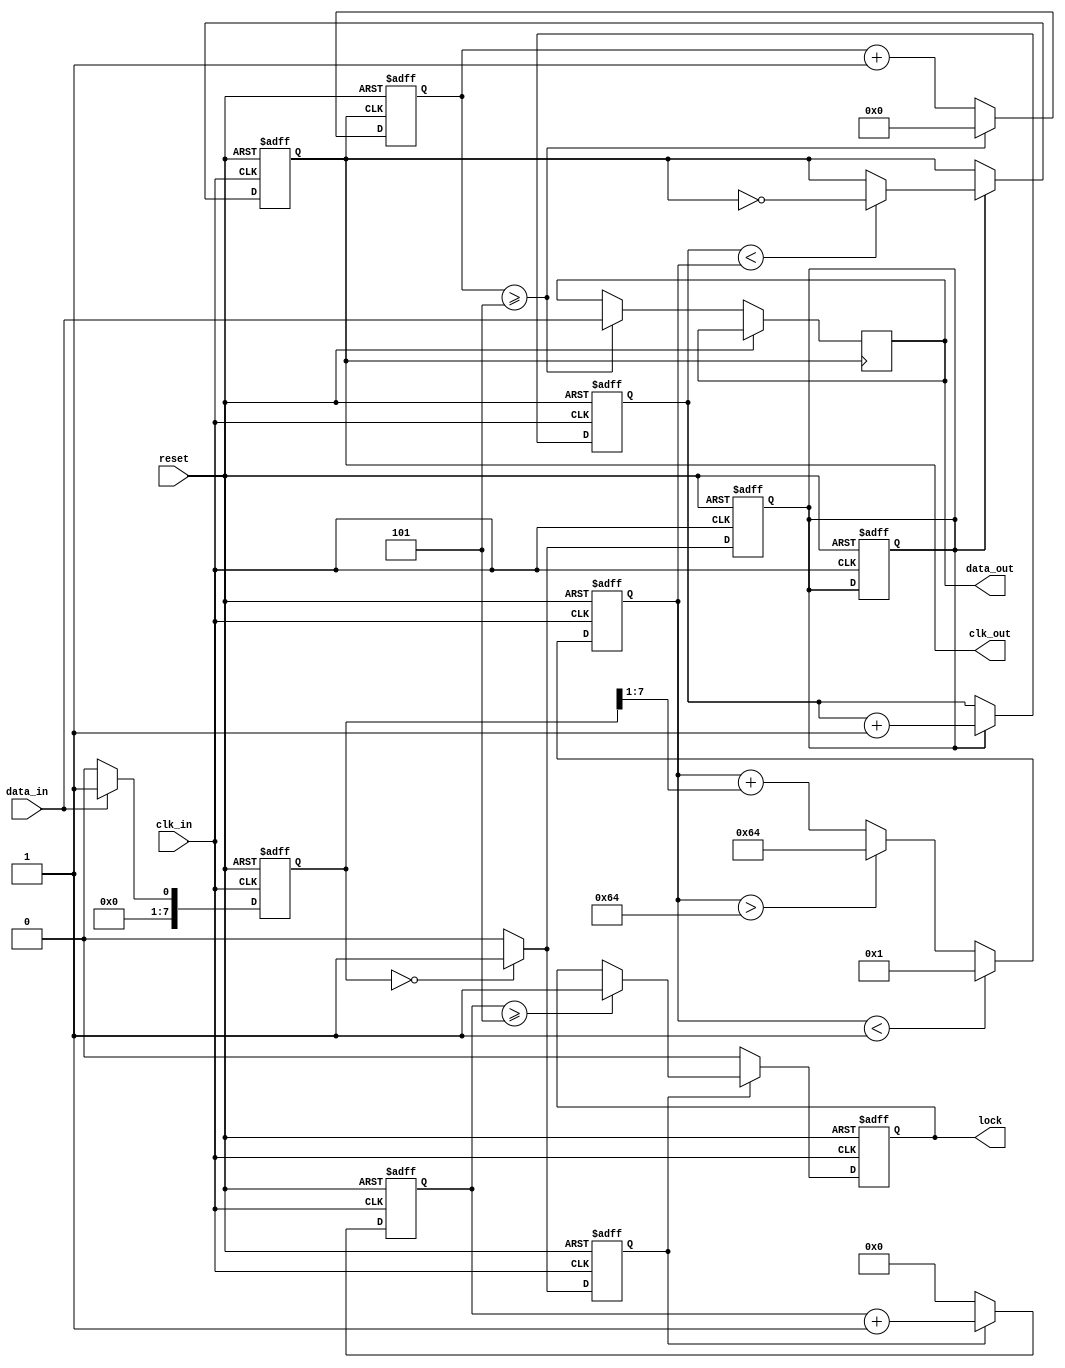
module pll_synchronizer (
    input wire clk_in,            // Incoming clock signal
    input wire data_in,           // Incoming data signal
    input wire reset,             // Reset signal
    output reg clk_out,           // Output clock signal
    output reg data_out,          // Synchronized data output
    output reg lock               // Lock signal
);

    // Parameters
    parameter integer VCO_MAX_FREQ = 100; // Max VCO frequency
    parameter integer VCO_MIN_FREQ = 1;   // Min VCO frequency
    parameter integer LOCK_THRESHOLD = 5;  // Lock threshold cycles

    // Internal signals
    reg [7:0] phase_error;         // Phase error signal
    reg [7:0] control_voltage;      // Control voltage for VCO
    reg [7:0] frequency_divider;    // Frequency divider
    reg [31:0] vco_counter;         // VCO counter
    reg [31:0] lock_counter;        // Lock counter
    reg vco_enable;                 // VCO enable signal
    reg phase_locked;               // Phase locked flag

    // Phase Detector
    always @(posedge clk_in or posedge reset) begin
        if (reset) begin
            phase_error <= 0;
        end else begin
            // Simple phase error detection (placeholder logic)
            // In a real design, this would compare clock edges
            phase_error <= (data_in) ? 1 : 0; // Placeholder logic
        end
    end

    // Voltage-Controlled Oscillator (VCO)
    always @(posedge clk_in or posedge reset) begin
        if (reset) begin
            vco_counter <= 0;
            clk_out <= 0;
            vco_enable <= 0;
        end else if (vco_enable) begin
            if (vco_counter < control_voltage) begin
                clk_out <= ~clk_out; // Toggle clock output
            end
            vco_counter <= vco_counter + 1;
        end
    end

    // Loop Filter
    always @(posedge clk_in or posedge reset) begin
        if (reset) begin
            control_voltage <= 0;
        end else begin
            // Simple low-pass filter (placeholder logic)
            control_voltage <= control_voltage + (phase_error >> 1); // Simple smoothing
            // Limit control voltage to VCO_MAX_FREQ and VCO_MIN_FREQ
            if (control_voltage > VCO_MAX_FREQ) control_voltage <= VCO_MAX_FREQ;
            if (control_voltage < VCO_MIN_FREQ) control_voltage <= VCO_MIN_FREQ;
        end
    end

    // Frequency Divider
    always @(posedge clk_out or posedge reset) begin
        if (reset) begin
            frequency_divider <= 0;
        end else begin
            frequency_divider <= frequency_divider + 1;
            if (frequency_divider >= LOCK_THRESHOLD) begin
                data_out <= data_in; // Sample data
                frequency_divider <= 0; // Reset divider
            end
        end
    end

    // Lock Detection
    always @(posedge clk_in or posedge reset) begin
        if (reset) begin
            lock_counter <= 0;
            lock <= 0;
        end else if (phase_locked) begin
            lock_counter <= lock_counter + 1;
            if (lock_counter >= LOCK_THRESHOLD) begin
                lock <= 1; // Indicate lock achieved
            end
        end else begin
            lock_counter <= 0; // Reset if not locked
            lock <= 0;
        end
    end

    // Main PLL Control Logic (simplified)
    always @(posedge clk_in or posedge reset) begin
        if (reset) begin
            phase_locked <= 0;
            vco_enable <= 0;
        end else begin
            if (phase_error == 0) begin
                phase_locked <= 1; // Lock achieved
                vco_enable <= 1;   // Enable VCO
            end else begin
                phase_locked <= 0; // Not locked
                vco_enable <= 0;   // Disable VCO
            end
        end
    end

endmodule